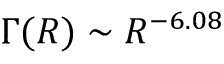
\Gamma ( R ) \sim R ^ { - 6 . 0 8 }